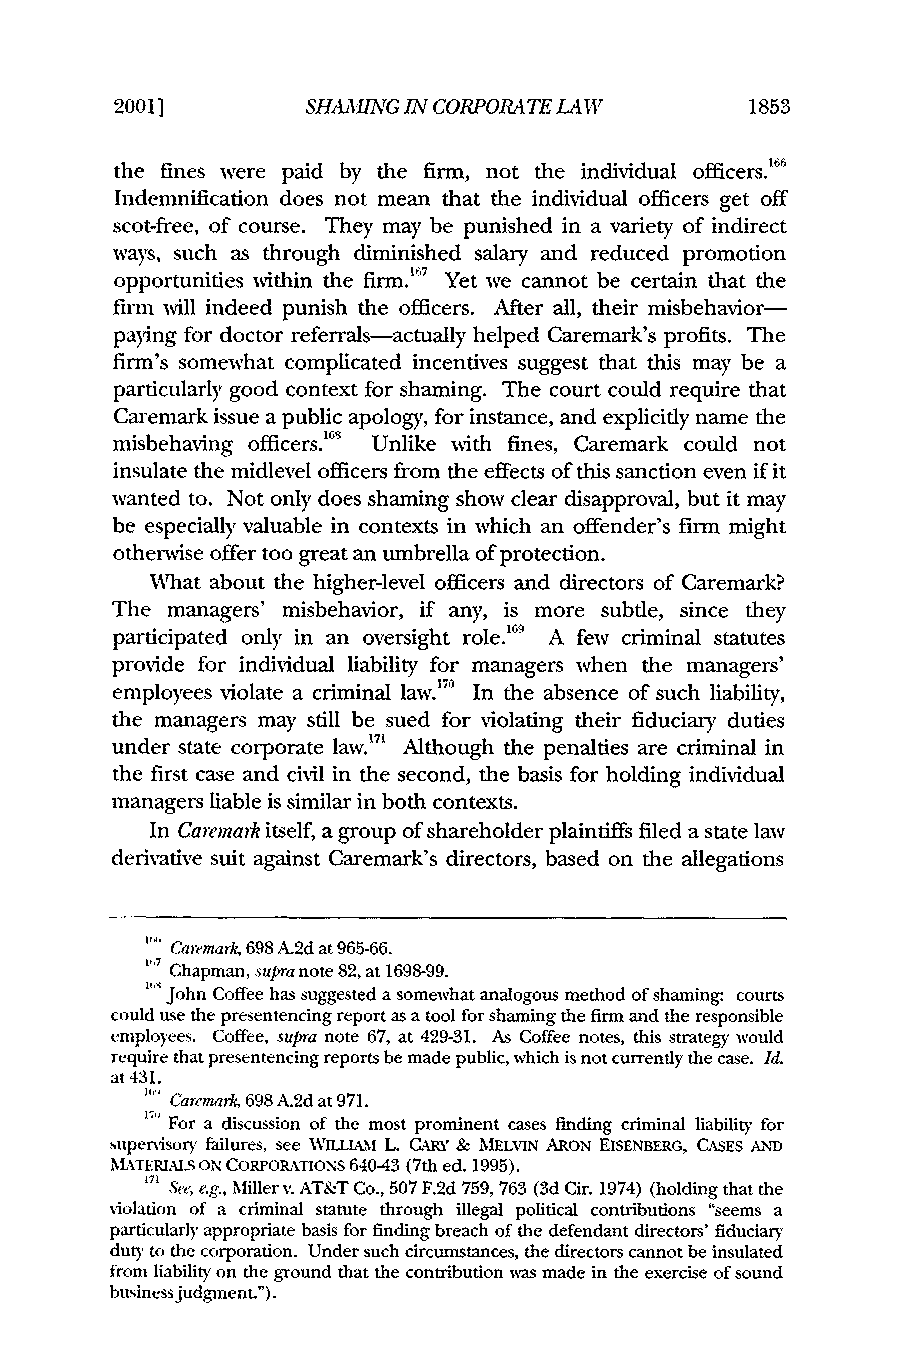
20011       SHAMNG IN CORPORATE LAW       18853
 the fines were paid by the firm, not the individual officers."
 Indemnification does not mean that the individual officers get off
 scot-free, of course. They may be punished in a variety of indirect
 ways, such as through diminished salary and reduced promotion
 opportunities within the firm.167 Yet we cannot be certain that the
 finn will indeed punish the officers. After all, their misbehavior-
 paying for doctor referrals-actually helped Caremark's profits. The
 firm's somewhat complicated incentives suggest that this may be a
 particularly good context for shaming. The court could require that
 Caremark issue a public apology, for instance, and explicitly name the
 misbehaving officers. Unlike with fines, Caremark could not
 insulate the midlevel officers from the effects of this sanction even if it
 wanted to. Not only does shaming show clear disapproval, but it may
 be especially valuable in contexts in which an offender's firm might
 otherwise offer too great an umbrella of protection.
 What about the higher-level officers and directors of Caremark?
 The managers' misbehavior, if any, is more subtle, since they
 participated only in an oversight role.6 A few criminal statutes
 provide for individual liability for managers when the managers'
 employees violate a criminal law.' In the absence of such liability,
 the managers may still be sued for violating their fiduciary duties
 under state corporate law.7' Although the penalties are criminal in
 the first case and civil in the second, the basis for holding individual
 managers liable is similar in both contexts.
 In Caremark itself, a group of shareholder plaintiffs filed a state law
 derivative suit against Caremark's directors, based on the allegations
 '" Caremark,6 98 A.2d at 965-66.
 Chapman, supra note 82, at 1698-99.
 "'J ohn Coffee has suggested a somewhat analogous method of shaming: courts
 could use the presentencing report as a tool for shaming the firm and the responsible
 employees. Coffee, supra note 67, at 429-31. As Coffee notes, this strategy would
 require that presentencing reports be made public, which is not currently the case. Id.
 at 431.
 Caremark,6 98 A.2d at 971.
 For a discussion of the most prominent cases finding criminal liability for
 i"
 Stupervisory failures, see WniLI\ L. CARY & MELVIN ARON EISENBERG, CASES AND
 MATERIALS ON CORPORATIONs 640-43 (7th ed. 1995).
 171 See, e.g., Miller v. AT&T Co., 507 F.2d 759, 763 (3d Cir. 1974) (holding that the
 violation of a criminal statute through illegal political contributions "seems a
 particularly appropriate basis for finding breach of the defendant directors' fiduciary
 duty to the corporation. Under such circumstances, the directors cannot be insulated
 from liability on the ground that the contribution wmas made in the exercise of sound
 businessjudgment.").